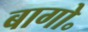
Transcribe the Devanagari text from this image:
बागो॰